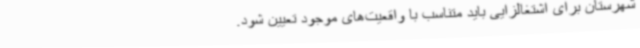
شهرستان برای اشتغالزایی باید متناسب با واقعیت‌های موجود تعیین شود.